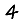
Digit: 4